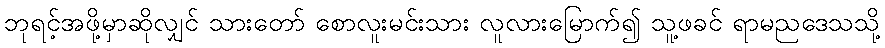
ဘုရင့်အဖို့မှာဆိုလျှင် သားတော် စောလူးမင်းသား လူလားမြောက်၍ သူ့ဖခင် ရာမညဒေသသို့